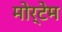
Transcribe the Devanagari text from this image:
मोर्टेम